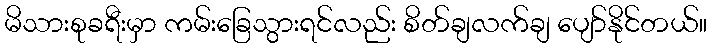
မိသားစုခရီးမှာ ကမ်းခြေသွားရင်လည်း စိတ်ချလက်ချ ပျော်နိုင်တယ်။